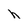
Character: h